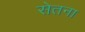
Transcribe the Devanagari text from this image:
सेतना